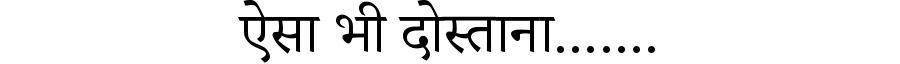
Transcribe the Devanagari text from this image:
ऐसा भी दोस्ताना.......